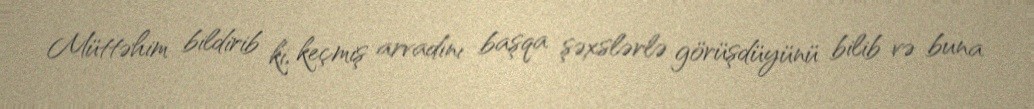
Müttəhim bildirib ki, keçmiş arvadını başqa şəxslərlə görüşdüyünü bilib və buna